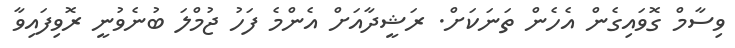
ވިސާމް ގޮވައިގެން އެހެން ތަނަކަށް. ރަޝީދާއަށް އެންމެ ފަހު ޖުމްލަ ބުނެވުނީ ރޮވިފައިވާ